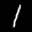
Label: 1